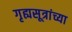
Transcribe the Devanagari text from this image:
गृह्यसूत्रांच्या